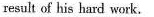
result of his hard work.